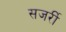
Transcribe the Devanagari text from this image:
सजर्री